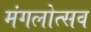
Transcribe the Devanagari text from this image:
मंगलोत्सव